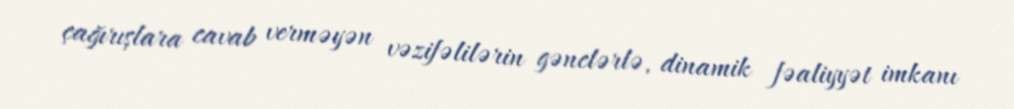
çağırışlara cavab verməyən vəzifəlilərin gənclərlə, dinamik fəaliyyət imkanı